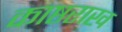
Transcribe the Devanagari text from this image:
काष्ठराख